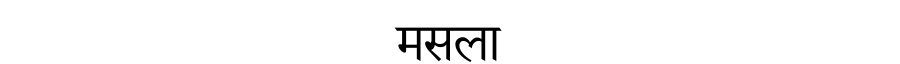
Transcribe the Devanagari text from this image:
मसला